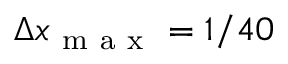
\Delta x _ { \mathrm { ~ m ~ a ~ x ~ } } = 1 / 4 0